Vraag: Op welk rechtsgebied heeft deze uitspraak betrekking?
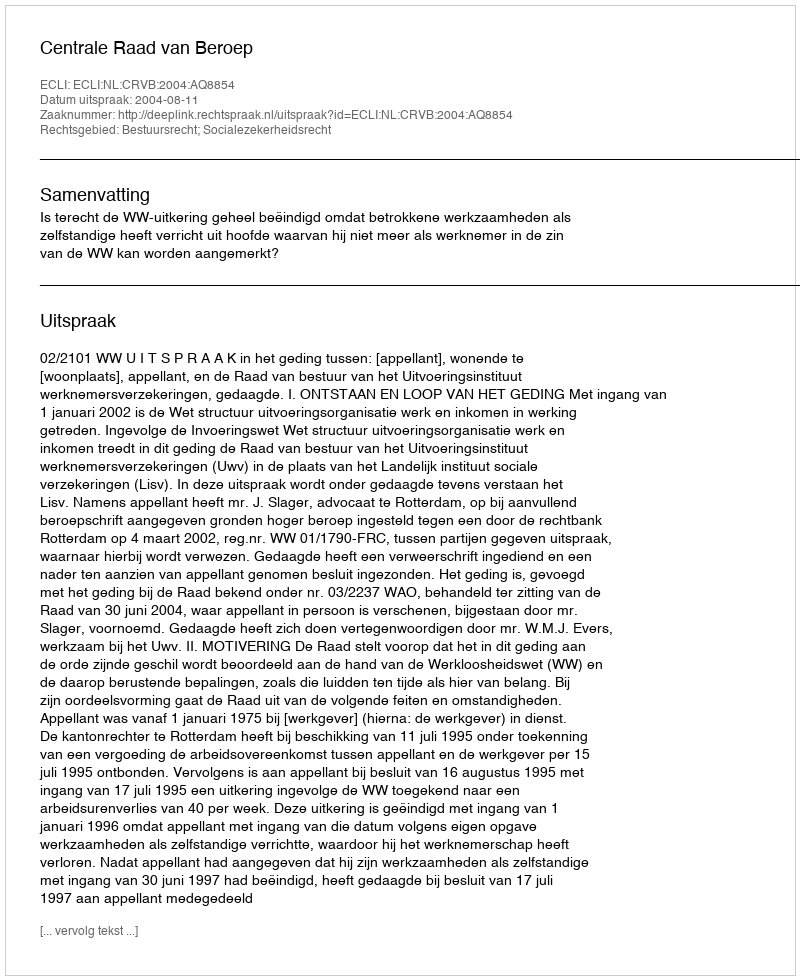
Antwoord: Bestuursrecht; Socialezekerheidsrecht